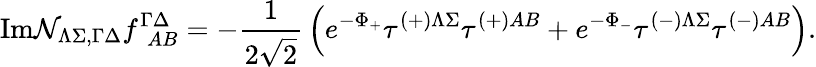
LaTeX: \mathrm{Im}{\cal N}_{\Lambda\Sigma,\Gamma\Delta}f_{~~AB}^{\Gamma\Delta}=-{\frac{1}{2\sqrt{2}}}\left(e^{-\Phi_{+}}\tau^{\left(+\right)\Lambda\Sigma}\tau^{\left(+\right)AB}+e^{-\Phi_{-}}\tau^{\left(-\right)\Lambda\Sigma}\tau^{\left(-\right)AB}\right).